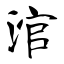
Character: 涫